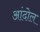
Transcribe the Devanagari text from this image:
आंदोल